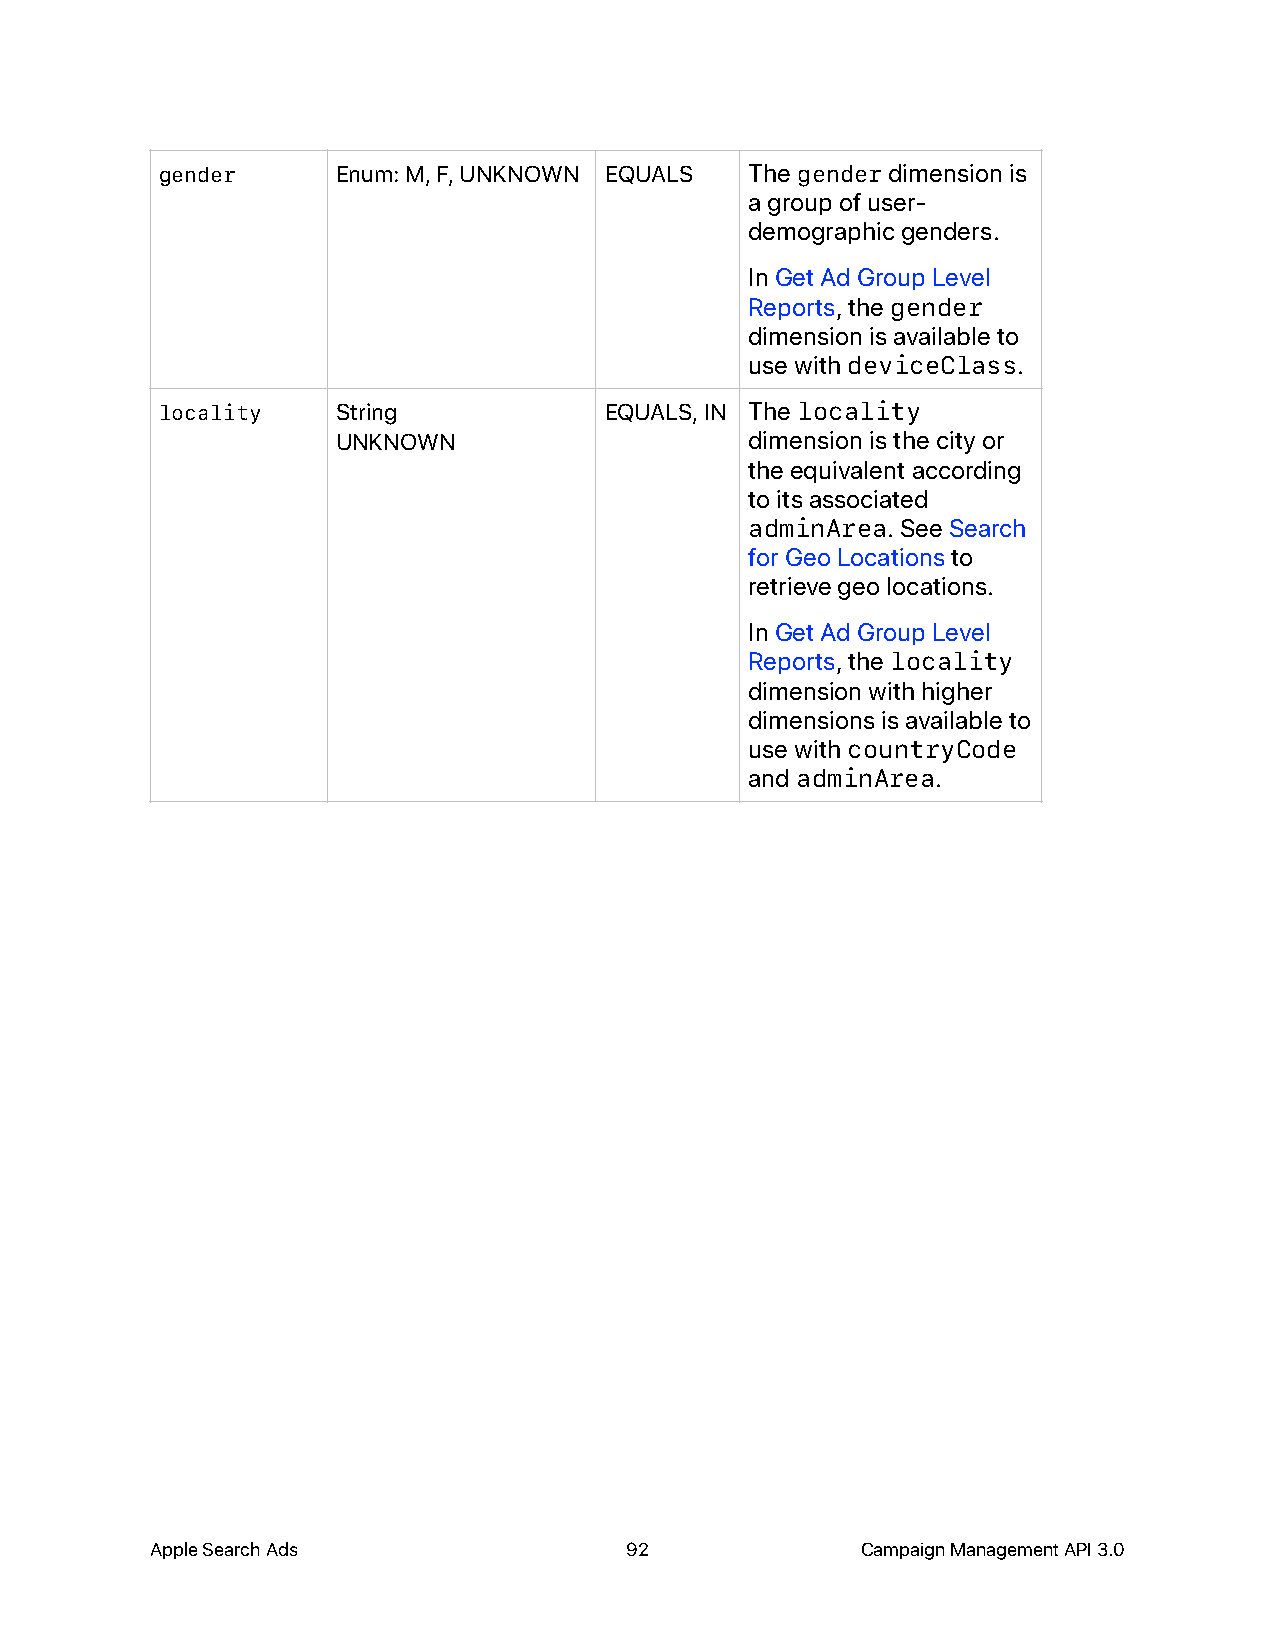
gender     Enum: M, F, UNKNOWN EQUALS  The gender dimension is
 a group of user-
 demographic genders.
 In Get Ad Group Level
 Reports, the gender
 dimension is available to
 use with deviceClass.
 locality   String            EQUALS, IN The locality
 UNKNOWN                     dimension is the city or
 the equivalent according
 to its associated
 adminArea. See Search
 for Geo Locations to
 retrieve geo locations.
 In Get Ad Group Level
 Reports, the locality
 dimension with higher
 dimensions is available to
 use with countryCode
 and adminArea.
 Apple Search Ads               92              Campaign Management API 3.0